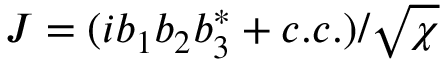
J = ( i b _ { 1 } b _ { 2 } b _ { 3 } ^ { * } + c . c . ) / \sqrt { \chi }